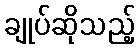
ချုပ်ဆိုသည့်